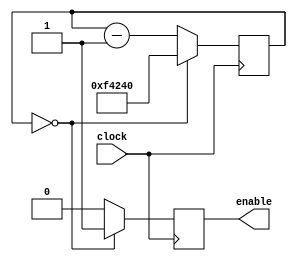

module rateDivider (enable, clock);
	input clock;
	output reg enable;
	reg [26:0] counter; 
	
	always @(posedge clock)
		begin 
			if(counter == 0) begin
				counter <= 27'd1000000;
				enable <= 1;
			end 
			else begin
				counter <= counter - 1; 
				enable <= 0;
		end
		end
endmodule 

module MarioJumpRateDivider (enable, clock);
	input clock;
	output reg enable;
	reg [26:0] counter; 
	
	always @(posedge clock)
		begin 
			if(counter == 0) begin
				counter <= 27'd10000;
				enable <= 1;
			end 
			else begin
				counter <= counter - 1; 
				enable <= 0;
		end
		end
endmodule